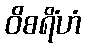
ဝိစရိံဟံ